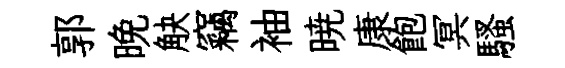
郭晚觖竊袖暁康飽冥騷